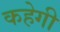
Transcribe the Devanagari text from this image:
कहेगी